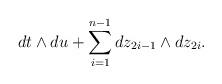
LaTeX: \begin{align*}dt \wedge du + \sum_{i=1}^{n-1} dz_{2i-1} \wedge d z_{2i}.\end{align*}